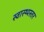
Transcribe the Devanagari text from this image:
स्वास्थ्यस्तर